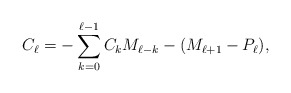
\begin{align*}C_\ell=-\sum_{k=0}^{\ell-1} C_k M_{\ell-k} - (M_{\ell+1}-P_\ell),\end{align*}